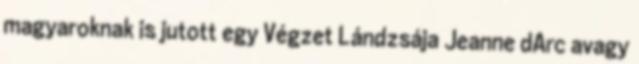
magyaroknak is jutott egy Végzet Lándzsája Jeanne dArc avagy